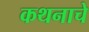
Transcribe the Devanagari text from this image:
कथनाचे